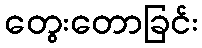
တွေးတောခြင်း